Treatise on elephants
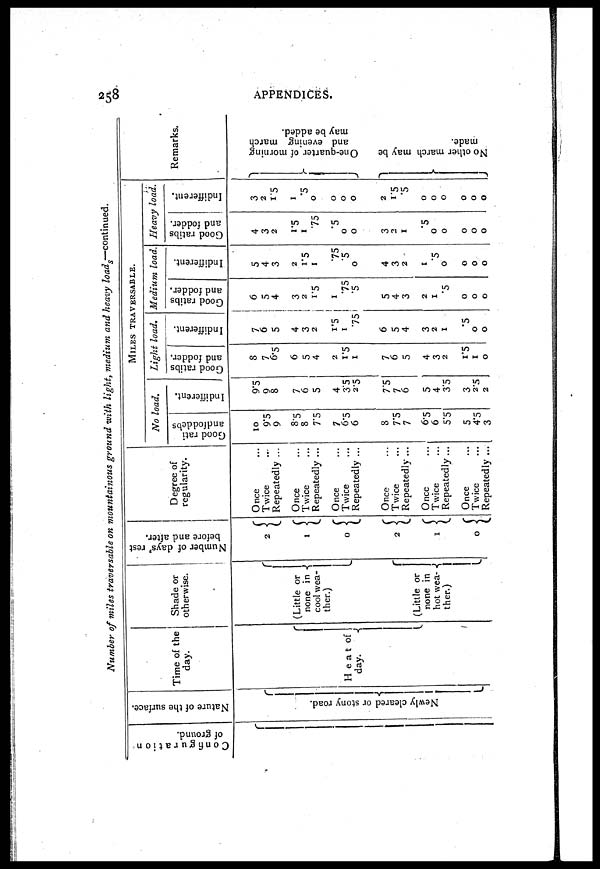
258
APPENDICES.
Number of miles traversable on mountainous ground with light, medium and heavy loads—continued.
Configuration
of ground.
Nature of the surface.
Newly
cleared
or
stony
road.
Time of the
day.
Heat of
day.
Shade or
otherwise.
(Little or
none in
cool wea-
ther.)
(Little or
none in
hot wea-
ther.)
Number of days' rest
before and after.
2
1
0
2
1
0
Degree of
regularity.
Once
Twice
Repeatedly ...
Once
Twice
Repeatedly ...
Once
Twice
Repeatedly ...
Once
Twice
Repeatedly ...
Once
Twice
Repeatedly...
Once
Twice
Repeatedly ...
MILES
TRAVERSABLE.
No load.
Good rati
and foddebs
10
9.5
9
8.5
8
7.5
7
6.5
6
8
7.5
7
6.5
6
5.5
5
4.5
3
Indifferent.
9.5
9
8
7
6
5
4
35
2.5
7.5
7
6
5
4
3.5
3
2.5
2
Light load.
Good ratibs
and fodder.
8
7
6.5
6
5
4
2
1.5
1
7
6
5
4
3
2
1.5
1
0
Indifferent.
7
6
5
4
3
2
1.5
1
.75
6
5
4
3
2
1
.5
0
0
Medium load.
Good ratibs
and fodder.
6
5
4
3
2
1.5
1
.75
.5
5
4
3
2
1
.5
0
0
0
Indifferent.
5
4
3
2
1.5
1
.75
.5
0
4
3
2
1
.5
0
0
0
0
Heavy load.
Good ratibs
and fodder.
4
3
2
1.5
1
.75
.5
0
0
3
2
1
.5
0
0
0
0
0
Indifferent.
3
2
1.5
1
.5
0
0
0
0
2
1.5
.5
0
0
0
0
0
0
Remarks.
One-quarter of morning
and
evening
march
may
be
added.
No other march may be
made.